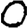
Digit: 0